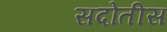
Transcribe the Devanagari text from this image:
सदोतीस